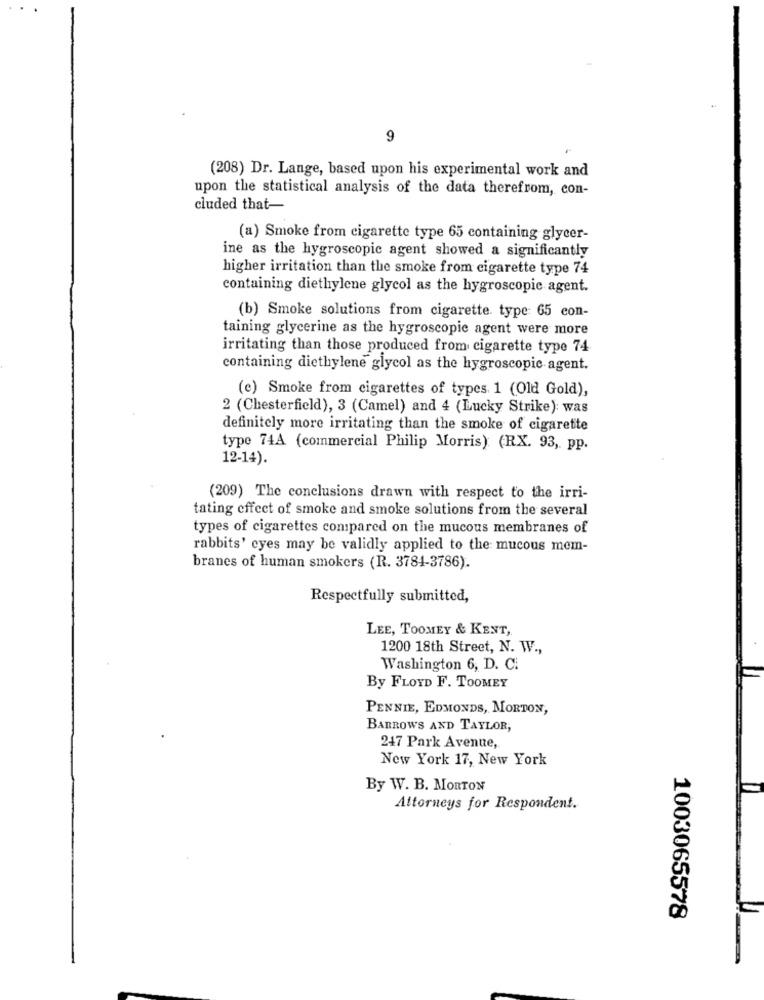
9
(208) Dr. Lange, based upon his experimental work and
upon the statistical analysis of the data therefrom, con-
cluded that-
(a) Smoke from cigarette type 65 containing glycer-
ine as the hygroscopic agent showed a significantly
higher irritation than the smoke from cigarette type 74
containing diethylene glycol as the hygroscopic agent.
(b) Smoke solutions from cigarette type: 65 con-
taining glycerine as the hygroscopic agent were more
irritating than those produced from cigarette type 74
containing diethylene glycol as the hygroscopic agent.
(e) Smoke from cigarettes of types 1 (Old Gold),
2 (Chesterfield), 3 (Camel) and 4 (Lucky Strike): was
definitely more irritating than the smoke of cigarette
type 74A (commercial Philip Morris): (RX. 93, pp.
12-14).
(209) The conclusions drawn with respect to the irri-
tating effect of smoke and smoke solutions from the several
types of cigarettes compared on the mucous membranes of
rabbits' eyes may be validly applied to the mucous mem-
branes of human smokers (R. 3784-3786).
Respectfully submitted,
LEE, TOOMEY & KENT,
1200 18th Street, N. W .,
Washington 6, D. C.
By FLOYD F. TOOMEY
PENNIE, EDMONDS, MORTON,
BARROWS AND TAYLOR,
247 Park Avenue,
New York 17, New York
By W. B. MORTON
Attorneys for Respondent.
1003065578